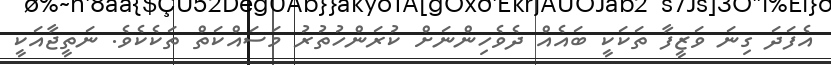
އެފަދަ ގިނަ ވަޒީފާ ތަކަކީ ބައެއް ދެވެހިންނަށް ކުރަންހުތުރު މަސައްކަތް ތަކެކެވެ. ނަތީޖާއަކީ